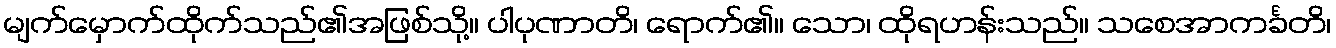
မျက်မှောက်ထိုက်သည်၏အဖြစ်သို့။ ပါပုဏာတိ၊ ရောက်၏။ သော၊ ထိုရဟန်းသည်။ သစေအာကင်္ခတိ၊